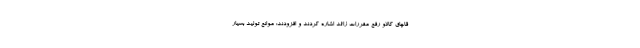
قاچاق کالاو رفع مقررات زائد اشاره کردند و افزودند: موانع تولید بسیار